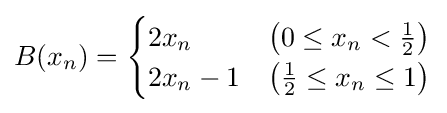
{\displaystyle B(x_{n})={\begin{cases}2x_{n}&\left(0\leq x_{n}<{\frac {1}{2}}\right)\\2x_{n}-1&\left({\frac {1}{2}}\leq x_{n}\leq 1\right)\end{cases}}}